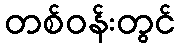
တစ်ဝန်းတွင်